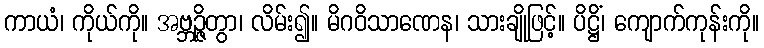
ကာယံ၊ ကိုယ်ကို။ အဗ္ဘဉ္ဇိတွာ၊ လိမ်း၍။ မိဂဝိသာဏေန၊ သားချိုဖြင့်။ ပိဋ္ဌိံ၊ ကျောက်ကုန်းကို။